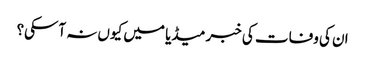
ان کی وفات کی خبر میڈیا میں کیوں نہ آسکی؟